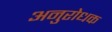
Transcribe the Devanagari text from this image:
अनुरोधक